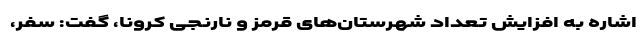
اشاره به افزایش تعداد شهرستان‌های قرمز و نارنجی کرونا، گفت: سفر،